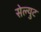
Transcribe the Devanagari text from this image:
सेल्युट